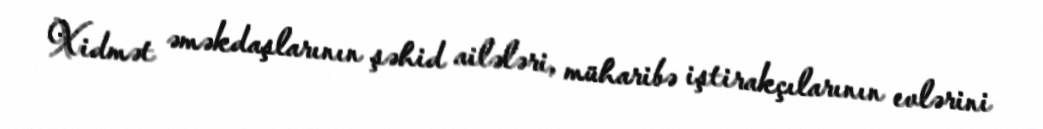
Xidmət əməkdaşlarının şəhid ailələri, müharibə iştirakçılarının evlərini